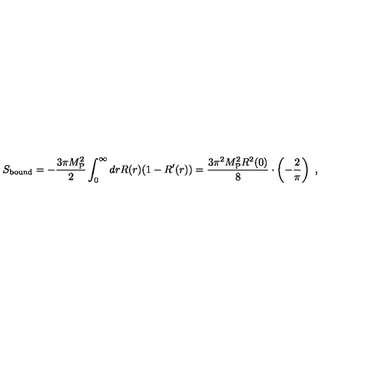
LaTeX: S _ { \mathrm { b o u n d } } = - { \frac { 3 \pi M _ { \mathrm { P } } ^ { 2 } } { 2 } } \int _ { 0 } ^ { \infty } d r R ( r ) ( 1 - R ^ { \prime } ( r ) ) = { \frac { 3 \pi ^ { 2 } M _ { \mathrm { P } } ^ { 2 } R ^ { 2 } ( 0 ) } { 8 } } \cdot \left( - { \frac { 2 } { \pi } } \right) \ ,